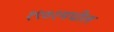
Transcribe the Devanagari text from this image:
१९७१मधील